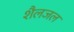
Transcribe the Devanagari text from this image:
शैलजल